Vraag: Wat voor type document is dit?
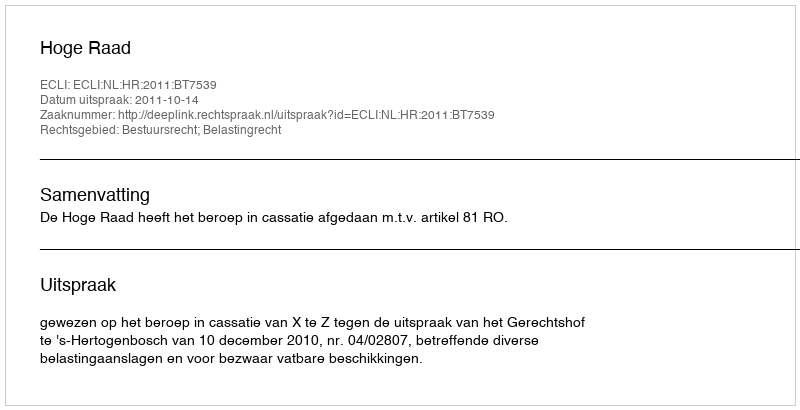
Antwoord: Uitspraak